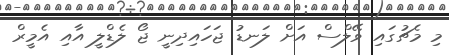
މި މެޗުގައި ވޭލްސް އަށް ލަނޑު ޖަހައިިދިނީ ޖޯ ލެޑްލީ އާއި އެމީރް